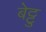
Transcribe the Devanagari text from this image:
बेट्टु